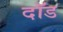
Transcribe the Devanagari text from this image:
दॉड